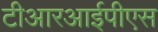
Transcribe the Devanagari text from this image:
टीआरआईपीएस